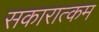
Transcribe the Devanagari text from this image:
सकारात्‍कम